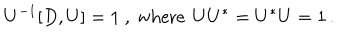
U ^ { - 1 } [ D , U ] = 1 \ , \ \mathrm { w h e r e } \, \ U U ^ { * } = U ^ { * } U = 1 \, .